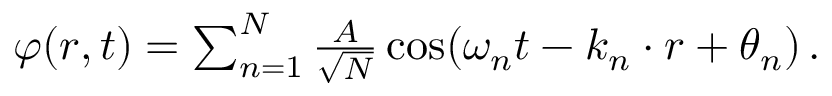
\begin{array} { r } { \varphi ( \boldsymbol { r } , t ) = \sum _ { n = 1 } ^ { N } \frac { A } { \sqrt { N } } \cos ( \omega _ { n } t - \boldsymbol { k } _ { n } \cdot \boldsymbol { r } + \theta _ { n } ) \, . } \end{array}